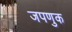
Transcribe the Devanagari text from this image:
जपणुक